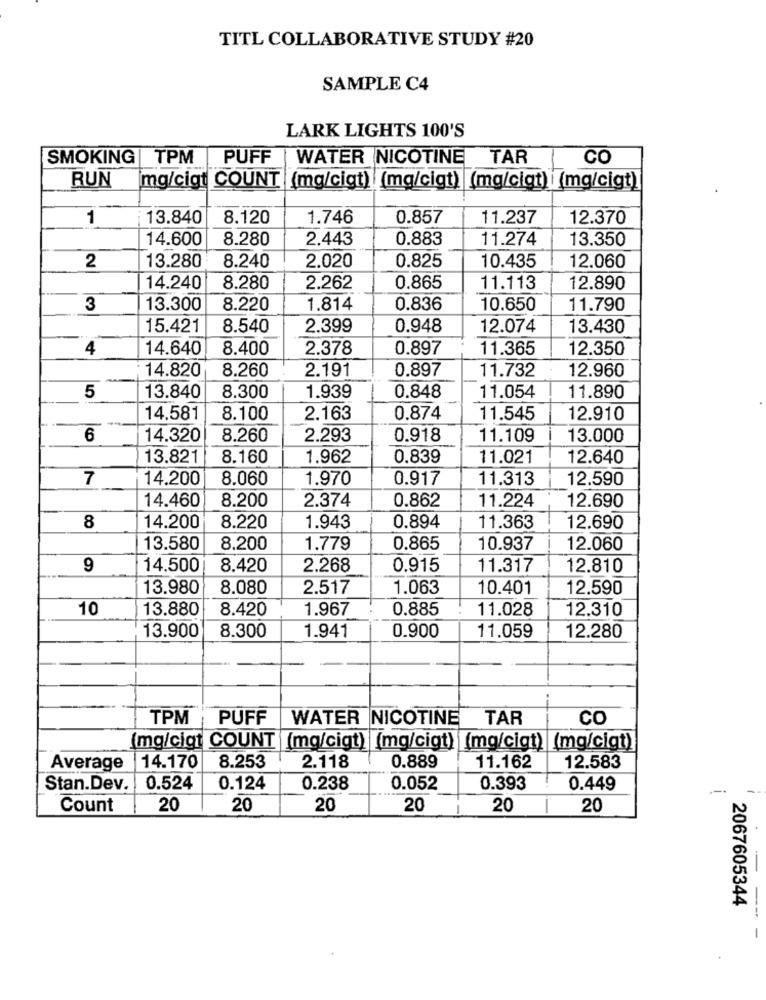
TITL COLLABORATIVE STUDY #20
SAMPLE C4
LARK LIGHTS 100'S
SMOKING
TPM PUFF
WATER NICOTINE
TAR
CO
RUN
mg/cigt COUNT (mg/cigt) (mg/cigt) (mg/cigt) (mg/cigt)
1
13.840
8.120
1.746
0.857
11.237
12.370
14.600
8.280
2.443
0.883
11.274
13.350
2.020
0.825
2
13.280
8.240
10.435
12.060
14.240
8.280
2.262
0.865
11.113
12.890
3
13.300
8.220
1.814
0.836
10.650
11.790
15.421
8.540
2.399
0.948
12.074
13.430
4
14.640
8.400
2.378
0.897
11.365
12.350
14.820
8.260
2.191
0.897
11.732
12.960
1.939
5
13.840
8.300
0.848
11.054
11.890
14.581
8.100
2.163
0.874
11.545
12.910
6
14.320
8.260
2.293
0.918
11.109
13.000
13.821
8.160
1.962
0.839
11.021
12.640
7
14.200
8.060
1.970
0.917
11.313
12.590
8.200
2.374
11.224
12.690
14.460
0.862
8
14.200
8.220
1.943
0.894
11.363
12.690
13.580
8.200
1.779
0.865
10.937
12.060
9
14.500
8.420
2.268
0.915
11.317
12.810
13.980
8.080
2.517
1.063
10.401
12.590
10
13.880
8.420
1.967
0.885
11.028
12.310
8.300
11.059
13.900
1.941
0.900
12.280
TPM
PUFF
WATER NICOTINE
TAR
CO
(mg/cigt COUNT (mg/cigt) (mg/cigt) (mg/cigt) (mg/cigt)
Average
14.170
8.253
2.118
0.889
11.162
12.583
Stan.Dev. 0.524
0.124
0.238
0.052
0.393
0.449
---
Count
20
20
20
20
20
1
20
2067605344
-